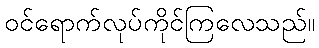
ဝင်ရောက်လုပ်ကိုင်ကြလေသည်။